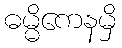
ဓမ္မိကေနမှိ